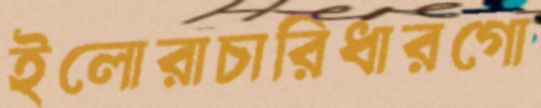
ইলোরাচারিধারগো